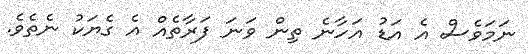
ނަމަވެސް އެ އަޑު އަހާނެ ތިން ވަނަ ފަރާތެއް އެ ގެޔަކު ނެތެވެ.